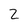
Character: 2